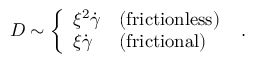
D \sim \left\{ \begin{array} { l l } { \xi ^ { 2 } \dot { \gamma } } & { ( \mathrm { { f r i c t i o n l e s s } } ) } \\ { \xi \dot { \gamma } } & { ( \mathrm { { f r i c t i o n a l } } ) } \end{array} \right. ~ .